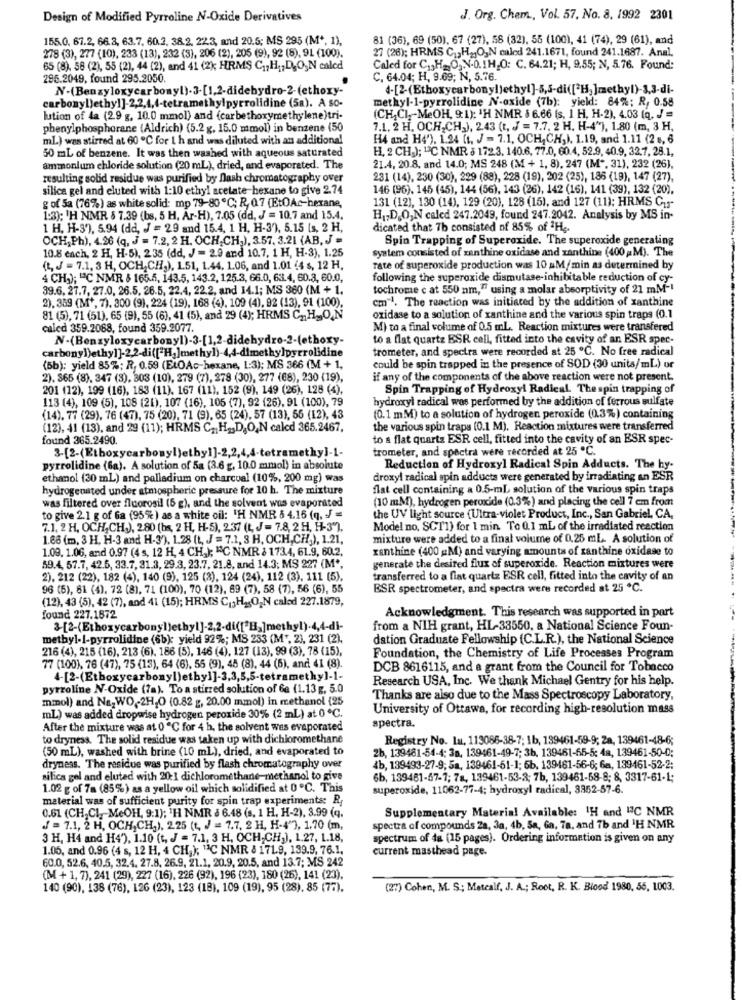
Design of Modified Pyrroline N-Oxide Derivatives
J. Org. Chem ., Vol. 57. No. 8. 1992 2301
155.0. 67.2, 66.3, 63.7. 60.2, 38.2, 223, and 20.5; MS 295 (M', 1),
81 (36), 69 (50), 67 (27), 58 (32), 55 (100), 41 (74), 29 (61), and
27 (26); HRMS C1, HaJO,N caled 241.1671, found 241.1687. Anal.
278 (3), 277 (10), 233 (13), 232 (3), 206 (2), 205 (9), 92 (8), 91 (100).
65 (8). 58 (2), 55 (2), 44 (2), and 41 (2) HRMS C ., H1,D.O,N caled
Caled for C ., H2O3.V.0. 1H.O: C. 64.21; H, 9.55; N, 5.76. Found:
296.2049, found 295.2050.
C. 64.04; H, 9.69; N, 5.76.
N-(Benzyloxycarbonyl).3-[1,2-didebydro-2-(ethoxy-
4-[2-(Ethoxycarbonyl)ethyl]-5,5-di(["H. ]methyl)-3,3-di-
methyl-1-pyrrolidine N-oxide (7b): yield: 84%; R, 0.58
carbonyl)ethyl]-2,2,4,4-tetramethylpyrrolidine (5a). A so-
lution of la (2.9 g, 10.0 mmol) and (carbethoxymethylene)tri-
(CH,CI ,- MeOH, 9:1); 'H NMR § 6.66 (s. 1 H, H-2), 4.03 (q. / =
phenylphosphorane (Aldrich) (5.2 g. 15.0 mmol) in benzene (50
7.1. 2 H. OCH,CH.), 2.43 (t, J = 7.7. 2 H. H-4"), 1.80 (m, 3 H,
mL.) was stirred at 60 ℃ for 1 h and was diluted with an additional
H4 and H4'). 1.24 (t. J = 7.1, OCH,CH,). 1.19, and 1.11 (2 , 6
H, 2 CH.); "3C NMR § 172.3, 140.6, 77.0, 60.4, 52.9, 40.9, 32.7, 28.1,
50 mL of benzene. It was then washed with aqueous saturated
ammonium chloride solution (20 mL), dried, and evaporated. The
21.4, 20.8, and 14.0; MS 248 (M + 1, 8), 247 (M *, 31), 232 (26),
resulting solid residue was purified by flash chromatography over
231 (14), 230 (30), 229 (88), 228 (19), 202 (25), 186 (19), 147 (27),
silica gel and eluted with 1:10 ethyl acetate-hexane to give 2.74
146 (96). 145 (45), 144 (56), 143 (26), 142 (16), 141 (39), 132 (20),
g of 5a (76%) as white solid: mp 79-80 ℃; R, Q7 (EtOAc-hexane,
131 (12), 130 (14), 129 (20), 128 (15), and 127 (11); HRMS C1"
1:3); 'H NIMR $ 7.39 (bs, 5 H, Ar-H), 7.05 (dd, J = 10,7 and 15.4.
H1,D.O,N caled 247.2049, found 247.2042. Analysis by MS in-
1 H. H-3), 5.94 (dd, J = 29 and 15.4, 1 H, H-3), 5.15 (s, 2 H,
dicated that 7b consisted of 85% of 2Hg.
OCH,Ph), 4.26 (q, J = 7.2, 2 H. OCH,CH,), 3.57, 3.21 (AB, J =
Spin Trapping of Superoxide. The superoxide generating
10.8 cach, 2 H, H-5), 235 (dd, J = 2.9 and 10.7, 1 H, H-3), 1.25
system consisted of xanthine oxidase and xanthine (400 M). The
(t. J = 7.1, 3 H, OCH,CH,), 1.51, 1.44, 1.06, and 1.01 (4 s, 12 H,
rate of superoxide production was 10 aM/min as determined by
4 CH1); "℃ NMR & 165.5, 143.5, 143.2, 125.3, 66.0, 63.4, 60.3, 60.0,
following the superoxide dismutase-inhibitable reduction of cy-
39.6. 27.7, 27.0, 26.5. 26.5, 22.4, 22.2, and 14.1; MS 360 (M + 1.
tochrome c at 550 nm," using a molar absorptivity of 21 mM-1
2), 359 (M *, 7). 300 (9), 224 (19), 168 (4). 109 (4), 92 (13), 91 (100).
cm"1. The reaction was initiated by the addition of xanthine
81 (5), 71 (51), 65 (9), 55 (6), 41 (5), and 29 (4); HRMS C, H JO,N
oxidase to a solution of xanthine and the various spin traps (0.1
caled 359.2068, found 359.2077.
M) to a final volume of 0.5 mL. Reaction mixtures were transfered
N-(Benzyloxycarbonyl)-3-[1,2-didehydro-2-(ethoxy-
to a flat quartz ESR cell, fitted into the cavity of an ESR spec-
carbonyl)ethyl]-2.2-di(["H.]methyl)-4,4-dimethylpyrrolidine
trometer, and spectra were recorded at 25 ℃. No free radical
(Bb): yield 85%; R, 0.59 (ELOAc-hexane, 1:3); MS 366 (M + 1,
could be spin trapped in the presence of SOD (30 units/mL) or
2). 865 (8). 347 (3). 303 (10), 279 (7), 278 (30), 277 (68), 230 (19),
if any of the components of the above reaction were not present.
201 (12), 199 (16), 183 (11). 167 (11), 152 (9), 149 (26), 128 (4).
Spin Trapping of Hydroxyl Radical. The spin trapping of
113 (4), 109 (5), 108 (21), 107 (16), 105 (7), 92 (26), 91 (100), 79
hydroxyl radical was performed by the addition of ferrous sulfate
(14). 77 (29), 76 (47), 75 (20), 71 (9), 65 (24), 57 (13), 55 (12), 43
(0.1 mM) to a solution of hydrogen peroxide (0.3%) containing
(12), 41 (13), and 29 (11); HRMS C. H2,D,O,N caled 365.2467,
the various spin traps (0.1 M), Reaction mixtures were transferred
found 365.2490.
to a flat quartz ESR cell, fitted into the cavity of an ESR spec-
trometer, and spectra were recorded at 25 ℃.
3-[2-(Etboxycarbonyl)ethyl]-2,2,4,4-tetramethy]-1-
pyrrolidine (6a). A solution of 5a (3.6 g, 10.0 mmol) in absolute
Reduction of Hydroxyl Radical Spin Adducts. The hy-
ethanol (30 ml) and palladium on charcoal (10%, 200 mg) was
droxyl radical spin adducts were generated by irradiating an ESR
hydrogenated under atmospheric pressure for 10 h. The mixture
flat cell containing a 0.5-ml, solution of the various spin traps
(10 mM), hydrogen peroxide (0.3%) and placing the cell 7 em from
was filtered over floorosil (5 g), and the solvent wos evaporated
to give 2.1 g of Ga (95%) as a white oil: 'H NMR & 4.16 (q. J =
the UV light source (Ultra-violet Product, Inc ., San Gabriel, CA,
7.1. 2 H. OCH,CH.), 280 (bs, 2 H, H-5), 2.37 (t, J = 7.8, 2 H, H-3"),
Model no. SCT1) for 1 min To 0.1 mL of the irradiated reaction
1.68 (m, 3 H, H-3 and H-3'). 1.28 (t, J = 7.1, 8 H, OCH,CH,), 1.21,
mixture were added to a final volume of 0.25 mL. A solution of
1.09. 1.06, and 0.97 (4 s, 12 H, 4 CH,); "C NMR & 173.4, 61.9, 60.2.
xanthine (400 aM) and varying amounts of xanthine oxidase to
59.4, 57.7, 42.5, 33.7, 31.3, 29.3, 23.7, 21.8, and 14.3; MS 227 (M *,
generate the desired flux of superoxide. Reaction mixtures were
2), 212 (22), 182 (4), 140 (9), 125 (2), 124 (24), 112 (3), 111 (5).
transferred to a fiat quartz ESR cell, fitted into the cavity of an
96 (5), 81 (4). 72 (8), 71 (100), 70 (12), 69 (7), 58 (7), 56 (6), 55
BSR spectrometer, and spectra were recorded at 25 ℃.
(12), 43 (5), 42 (7), and 41 (15); HRMS C13HasO2N calod 227.1879,
Acknowledgment. This research was supported in part
found 227.1872
&[2-(Ethoxycarbony])
2,2-di(["H,]methyl)-4,4-di-
from a NIH grant, HL-33550, a National Science Foun-
methyl-I-pyrrolidine (6b); yield 92%; MS 233 (M", 2), 231 (2).
dation Graduate Fellowship (C.L.R.), the National Science
216 (4), 215 (16), 213 (6), 186 (5), 146 (4), 127 (13), 99 (3), 78 (15),
Foundation, the Chemistry of Life Processes Program
77 (100), 76 (47), 75 (13), 64 (6). 55 (9), 45 (8), 44 (6), and 41 (8).
DCB 8616115, and a grant from the Council for Tobacco
4-[2-(Ethoxycarbonyl)etbyl]-3,3,5,5-tetramethy]-1-
Research USA, Inc. We thank Michael Gentry for his help.
pyrroline N-Oxide (fa). To a stirred solution of Ge (1.13 g, 5.0
mmol) and Na,WO ,- 2H,O (0.82 g, 20.00 mmol) in methanol (25
Thanks are also due to the Mass Spectroscopy Laboratory,
University of Ottawa, for recording high-resolution mass
mL) was added dropwise hydrogen peroxide 30% (2 mL) at 0 ℃.
After the mixture was at 0 ℃ for 4 h, the solvent wes evaporated
spectra.
to dryness. The solid residue was taken up with dichloromethane
Registry No. Lu, 113086-38-7; 1b, 139461-59-9; Za, 139461-48-6;
(50 mL), washed with brine (10 ml), dried, and evaporated to
2b, 139481-54-4: 38. 139461-49-7; 3b. 139461-65-5: 48, 139461-50-0;
dryness. The residue was purified by flash chromatography over
4b, 139493-27-9; 5a, 139461-51-1; 5b, 139461-56-6; 6a, 139461-52-2:
silica gel and eluted with 20:1 dichloromethane-methanol to give
6b, 139461-57-1; 78, 139461-53-2; 7b, 139461-58-8; 8, 3317-61-1;
1.02 g of 7a (85%) as a yellow oil which solidified at 0 ℃. This
superoxide, 11062-77-4; hydroxyl radical, 3852-57-6.
material was of sufficient purity for spin trap experiments: R,
0.61 (CH,CI, - MeOH, 9:1); 'H NMR & 6.48 (s. 1 H. H-2), 3.99 (q.
Supplementary Material Available: 1H and "C NMR
J = 7.1, 2 H, OCH,CH.), 225 (t, J = 7.7. 2 H, H-4'], 1.70 (m,
spectra of compounds Za, 3a, 4b, Sa, Ga, 7a, and 7b and 1H NMR
3 H, H4 and H4'), 1.10 (t, J = 7.1, 3 H, OCH,CH,), 1.27, 1.18,
spectrum of da (15 pages). Ordering information is given on any
1.05, and 0.96 (4 s, 12 H, 4 CH,); "C NMR & 171.9, 139.9, 76.1,
current masthead page.
60.0, 52.6, 40.5, 32.4. 27.8. 26.9, 21.1, 20.9, 20.5, and 13.7; MS 242
(M + 1, 7), 241 (29), 227 (16), 226 (92), 196 (23), 180 (26), 141 (23).
140 (90), 138 (76), 126 (23), 123 (18), 109 (19), 95 (28), 85 (77).
(27) Cohen, M. S .; Metcalf, J. A .; Root, R. K. Blood 1980, 55, 1003.